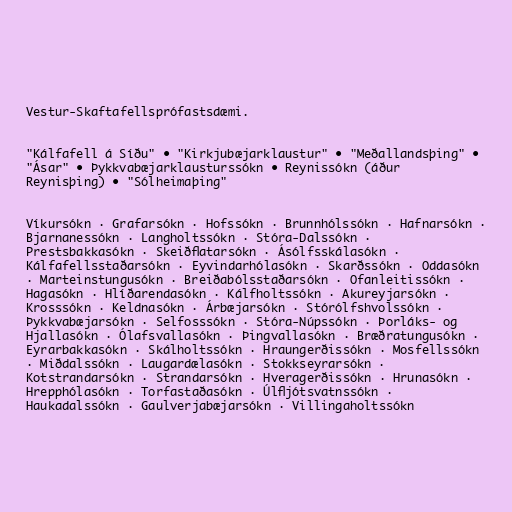
Vestur-Skaftafellsprófastsdæmi.

"Kálfafell á Síðu" • "Kirkjubæjarklaustur" • "Meðallandsþing" •
"Ásar" • Þykkvabæjarklausturssókn • Reynissókn (áður
Reynisþing) • "Sólheimaþing"

Víkursókn · Grafarsókn · Hofssókn · Brunnhólssókn · Hafnarsókn ·
Bjarnanessókn · Langholtssókn · Stóra-Dalssókn ·
Prestsbakkasókn · Skeiðflatarsókn · Ásólfsskálasókn ·
Kálfafellsstaðarsókn · Eyvindarhólasókn · Skarðssókn · Oddasókn
· Marteinstungusókn · Breiðabólsstaðarsókn · Ofanleitissókn ·
Hagasókn · Hlíðarendasókn · Kálfholtssókn · Akureyjarsókn ·
Krosssókn · Keldnasókn · Árbæjarsókn · Stórólfshvolssókn ·
Þykkvabæjarsókn · Selfosssókn · Stóra-Núpssókn · Þorláks- og
Hjallasókn · Ólafsvallasókn · Þingvallasókn · Bræðratungusókn ·
Eyrarbakkasókn · Skálholtssókn · Hraungerðissókn · Mosfellssókn
· Miðdalssókn · Laugardælasókn · Stokkseyrarsókn ·
Kotstrandarsókn · Strandarsókn · Hveragerðissókn · Hrunasókn ·
Hrepphólasókn · Torfastaðasókn · Úlfljótsvatnssókn ·
Haukadalssókn · Gaulverjabæjarsókn · Villingaholtssókn